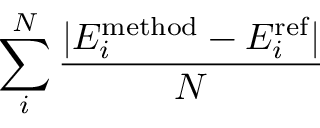
\sum _ { i } ^ { N } \frac { | E _ { i } ^ { \mathrm { m e t h o d } } - E _ { i } ^ { \mathrm { r e f } } | } { N }